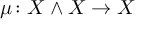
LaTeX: \mu \colon X \wedge X \to X